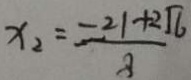
x _ { 2 } = \frac { - 2 1 + 2 \sqrt { 6 } } { 8 }